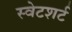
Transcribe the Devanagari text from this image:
स्वेटशर्ट